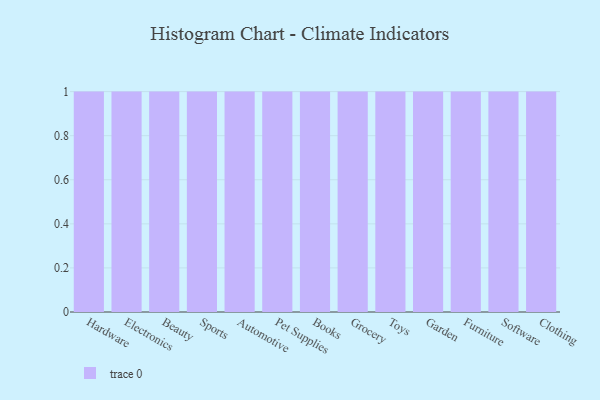
{"axis": {"x": "Category", "y": "Budget (USD K)"}, "legend": [""], "data": [{"x": "Hardware", "y": 11, "type": ""}, {"x": "Electronics", "y": 96, "type": ""}, {"x": "Beauty", "y": 20, "type": ""}, {"x": "Sports", "y": 93, "type": ""}, {"x": "Automotive", "y": 10, "type": ""}, {"x": "Pet Supplies", "y": 10, "type": ""}, {"x": "Books", "y": 3, "type": ""}, {"x": "Grocery", "y": 57, "type": ""}, {"x": "Toys", "y": 98, "type": ""}, {"x": "Garden", "y": 43, "type": ""}, {"x": "Furniture", "y": 71, "type": ""}, {"x": "Software", "y": 37, "type": ""}, {"x": "Clothing", "y": 25, "type": ""}]}